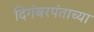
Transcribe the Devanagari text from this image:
दिगंबरपंताच्या